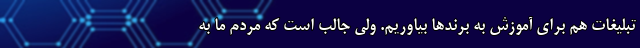
تبلیغات هم برای آموزش به برندها بیاوریم. ولی جالب است که مردم ما به